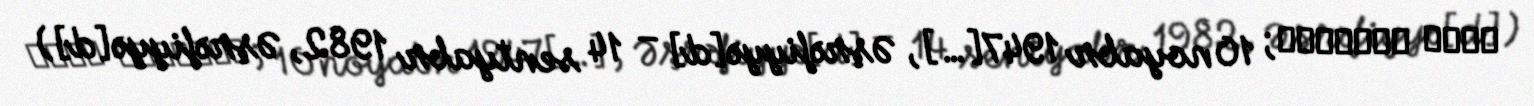
بشير الجميّل; 10 noyabr 1947[…], Əşrəfiyyə[d] – 14 sentyabr 1982, Əşrəfiyyə[d])